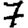
Digit: 7